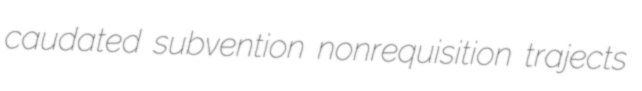
caudated subvention nonrequisition trajects